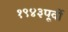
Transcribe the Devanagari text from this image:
१९४३पूर्वी